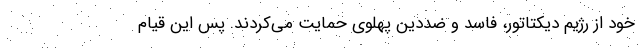
خود از رژیم دیکتاتور، فاسد و ضددین پهلوی حمایت می‌کردند. پس این قیام